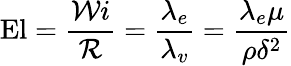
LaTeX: \mathrm{El}=\frac{\mathcal{W}i}{\mathcal{R}}=\frac{\lambda_{e}}{\lambda_{v}}=\frac{\lambda_{e}\mu}{\rho\delta^{2}}